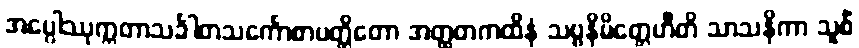
အပ္ပေါဿုက္ကတာသင်္ခါတသင်္ကောစာပတ္တိတော အတ္ထတကထိနံ သဗ္ဗနိမိတ္တေဟီတိ သာသနိကာ သူစိံ